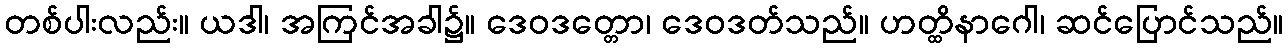
တစ်ပါးလည်း။ ယဒါ၊ အကြင်အခါ၌။ ဒေဝဒတ္တော၊ ဒေဝဒတ်သည်။ ဟတ္ထိနာဂေါ၊ ဆင်ပြောင်သည်။